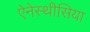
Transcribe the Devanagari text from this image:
ऐनेस्थीसिया